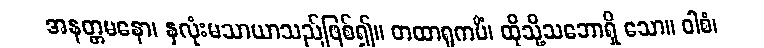
အနတ္တမနော၊ နှလုံးမသာယာသည်ဖြစ်၍။ တထာရူကပိံ၊ ထိုသို့သဘောရှိ သော။ ဝါစံ၊